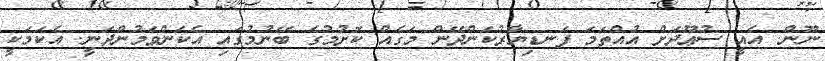
ނޫން. އެއީ ސުޢޫދަށް އުއްތަަމަ ފަނޑިޔާރުކަންދޭން މަގެއް ކޮށުމުގެ ބޭނުމުގައި އެކަންވަމުންދަނީ. އެކަމަކީ